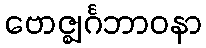
ဗောဇ္ဈင်္ဂဘာဝနာ